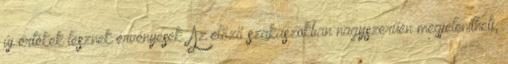
új értékek lesznek érvényesek. Az előző szakaszokban nagyszerűen megjelenítheti,